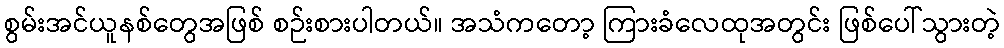
စွမ်းအင်ယူနစ်တွေအဖြစ် စဉ်းစားပါတယ်။ အသံကတော့ ကြားခံလေထုအတွင်း ဖြစ်ပေါ်သွားတဲ့